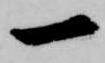
一